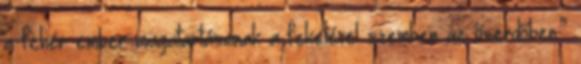
a fehér ember magatartásának a feketével szemben az őserdőben.”